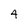
Character: 4